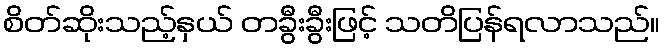
စိတ်ဆိုးသည့်နှယ် တခွီးခွီးဖြင့် သတိပြန်ရလာသည်။